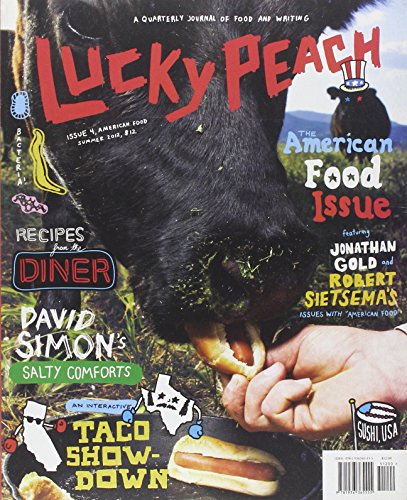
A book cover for Lucky Peach Issue 4; Cookbooks, Food & Wine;